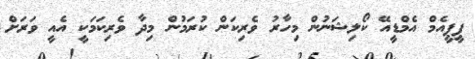
ޕީޕީއެމް އެމްޑީއޭ ކޯލިޝަނުން މިހާރު ވެރިކަން ކުރަމުން މިދާ ވެރިކަމަކީ އެއީ ވަރަށް